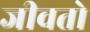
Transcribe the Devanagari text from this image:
जीवतो